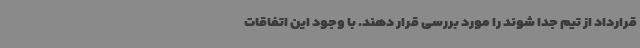
قرارداد از تیم جدا شوند را مورد بررسی قرار دهند. با وجود این اتفاقات